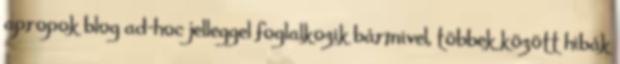
apropok blog ad-hoc jelleggel foglalkozik bármivel, többek között hibák